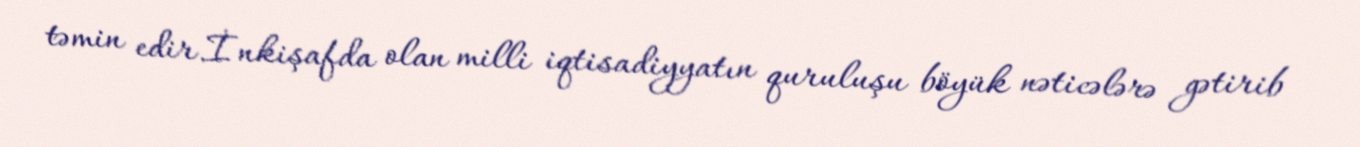
təmin edir.İnkişafda olan milli iqtisadiyyatın quruluşu böyük nəticələrə gətirib